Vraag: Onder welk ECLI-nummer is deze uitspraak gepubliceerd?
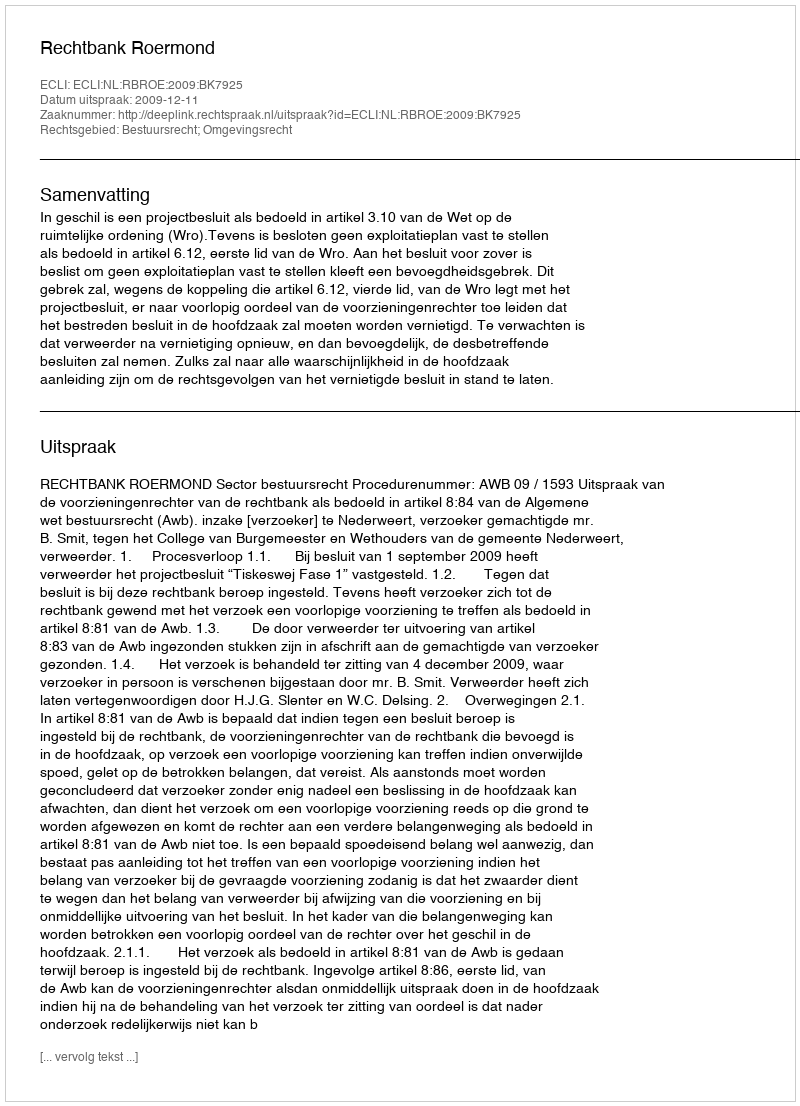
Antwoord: ECLI:NL:RBROE:2009:BK7925